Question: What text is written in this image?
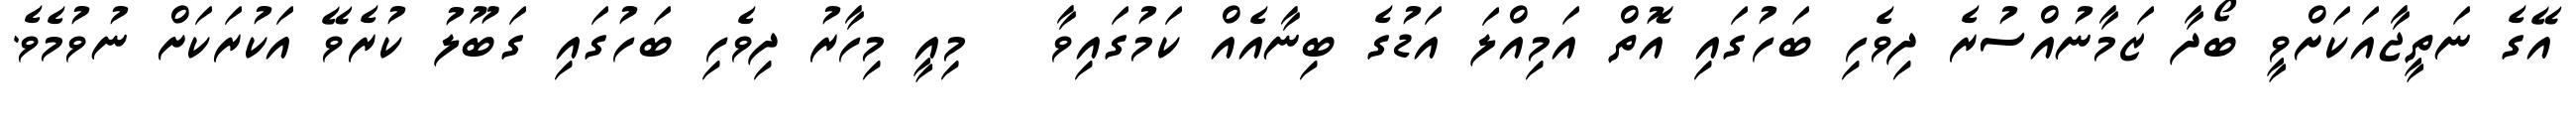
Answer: އޭގެ ނަތީޖާއަކަށްވީ ބޯދާ ޒަމާނުއްސުރެ ދިވެހި ބަހުގައި އޮތް އަމިއްލަ އަޑުގެ ބިނާއެއް ކަމުގައިވާ ޱ މިއީ މިހާރު ދިވެހި ބަހުގައި ގަބޫލު ކުރެވޭ އަކުރަކަށް ނުވުމެވެ.